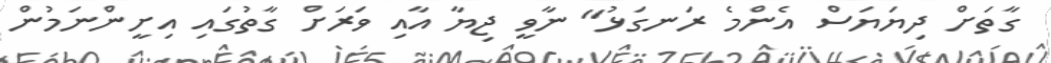
ގާތަށް ދިޔަޔަސް އެންމެ ރަނގަޅު" ނާވީ ޖިޔާ އާއި ވަރަށް ގާތުގައި އިށީންނަމުން